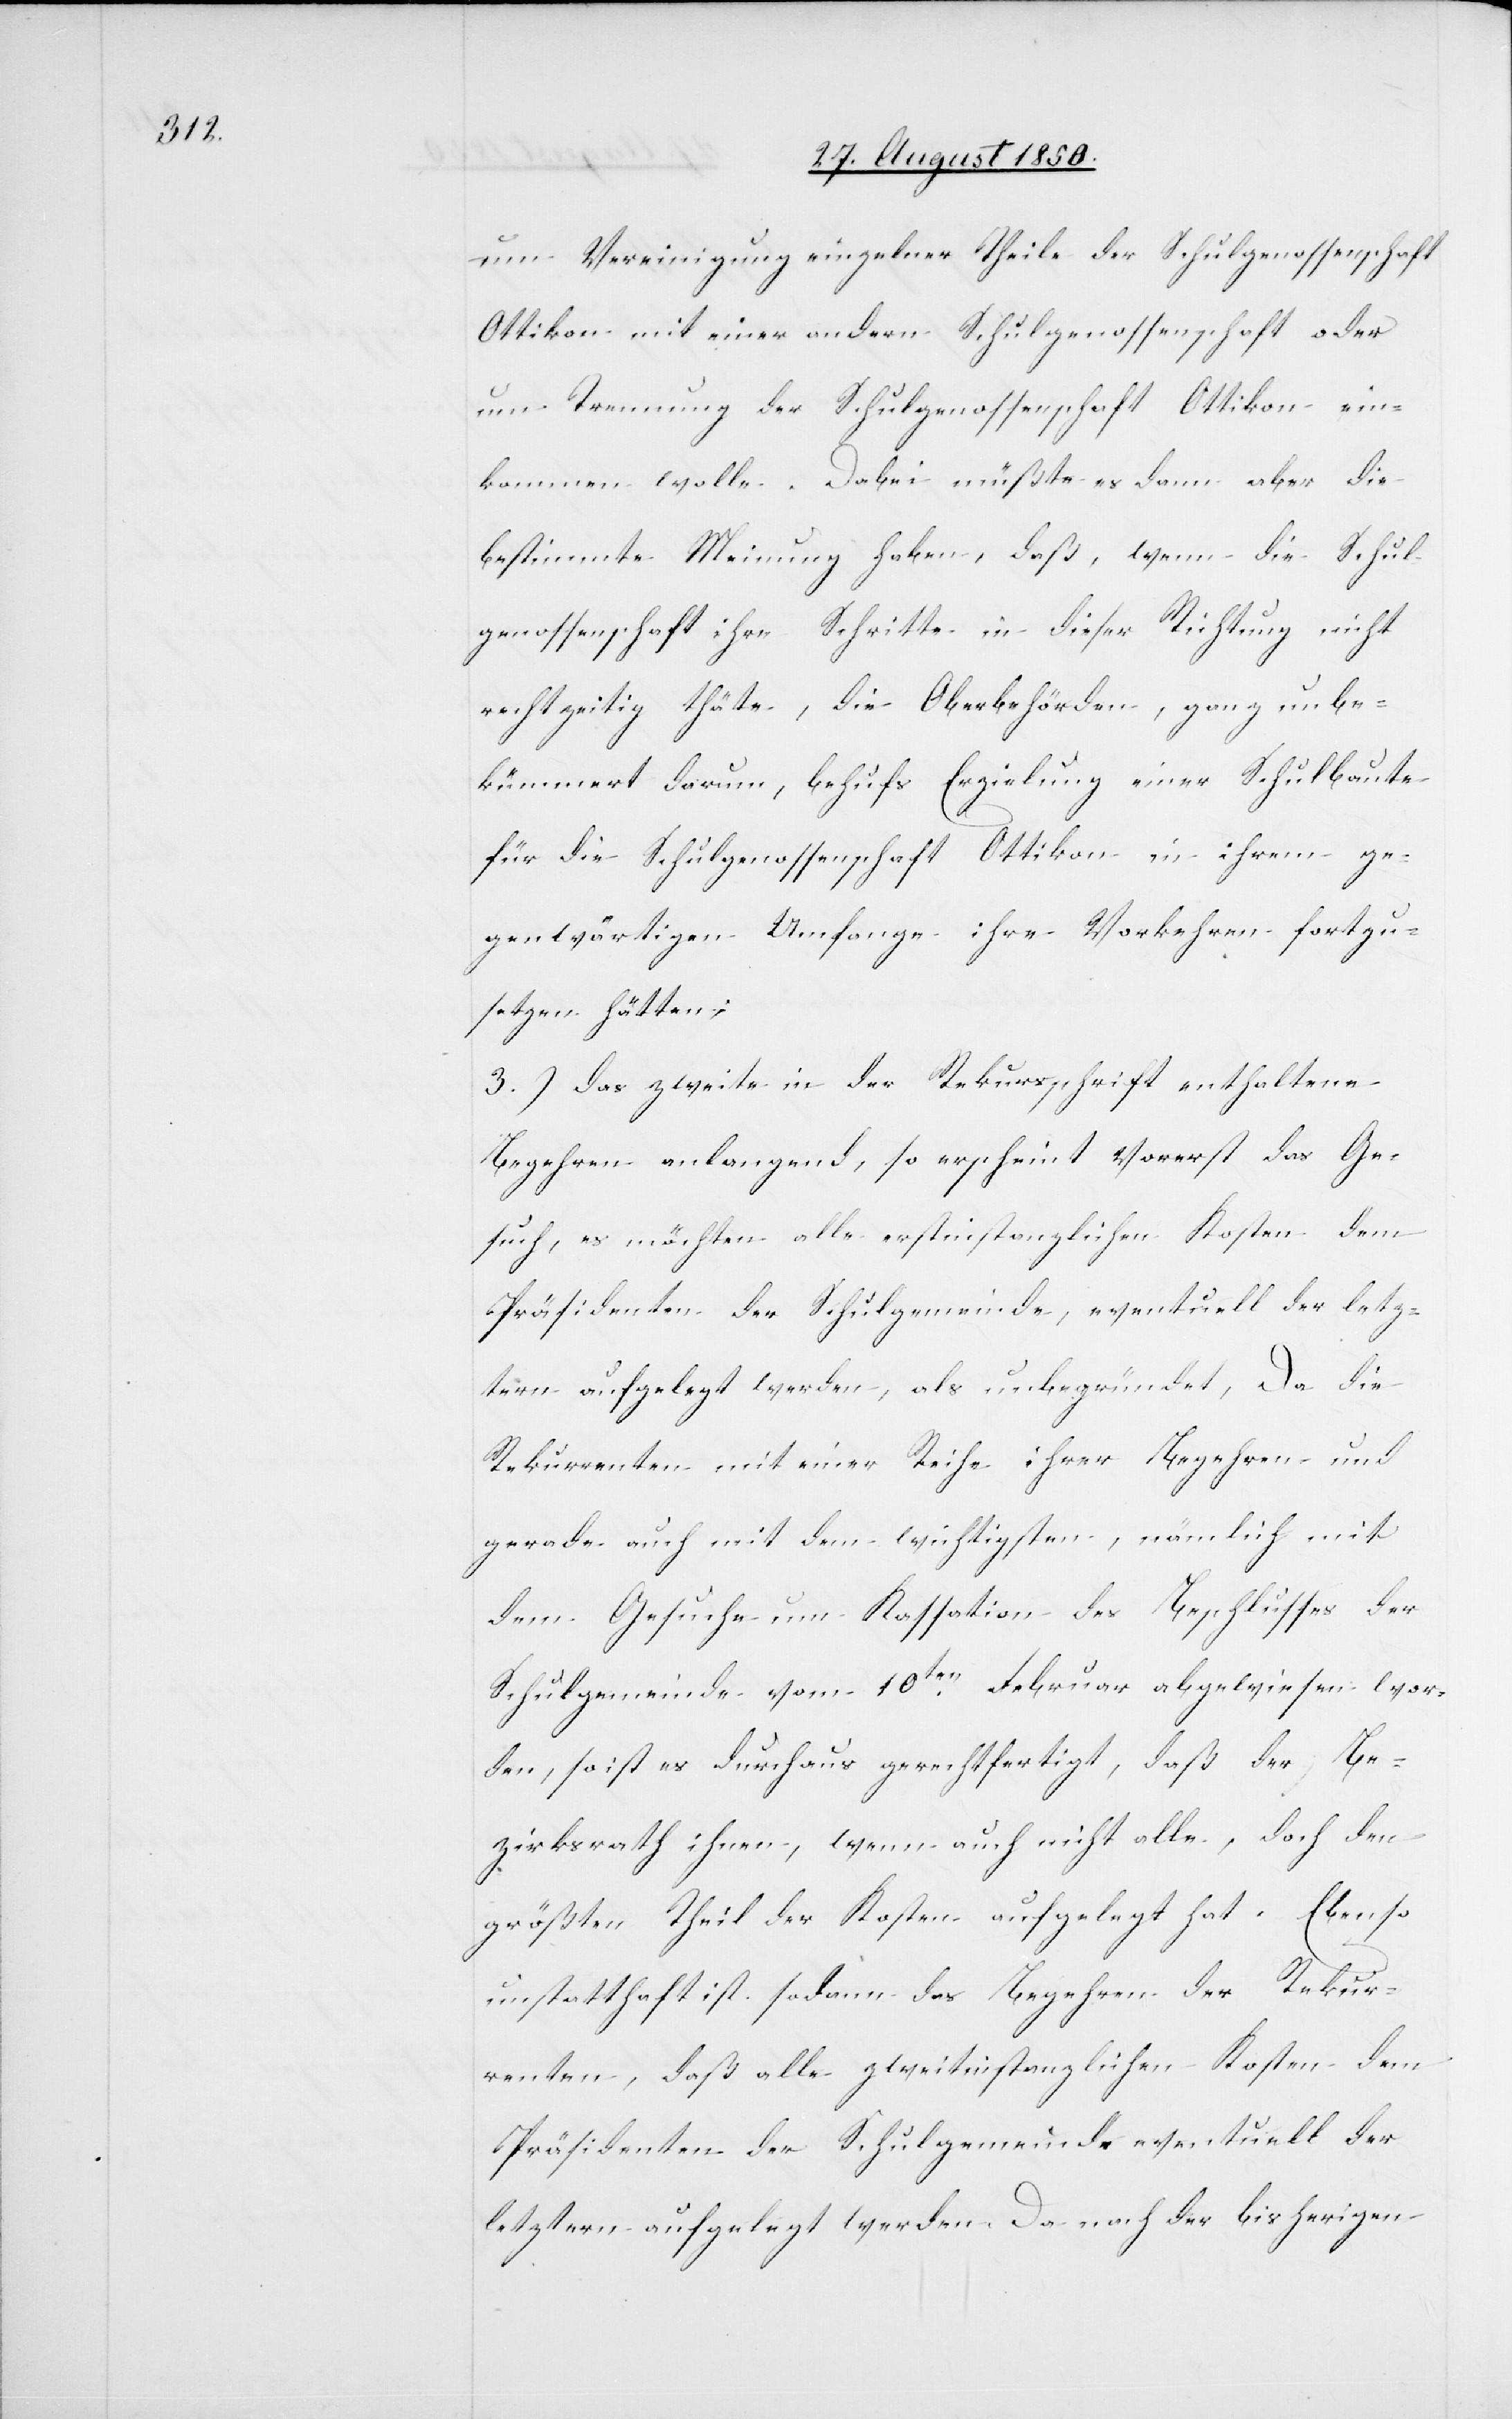
um Vereinigung einzelner Theile der Schulgenossenschaft
Ottikon mit einer andern Schulgenossenschaft oder
um Trennung der Schulgenossenschaft Ottikon ein¬
kommen wolle. Dabei müßte es dann aber die
bestimmte Meinung haben, daß, wenn die Schul¬
genossenschaft ihre Schritte in dieser Richtung nicht
rechtzeitig thäte, die Oberbehörden, ganz unbe¬
kümmert darum, behufs Erzielung einer Schulbaute
für die Schulgenossenschaft Ottikon in ihrem ge¬
genwärtigen Umfange ihre Vorkehren fortzu¬
setzen hätten;
3.) Das zweite in der Rekursschrift enthaltene
Begehren anlangend, so erscheint vorerst das Ge¬
such, es möchten alle erstinstanzlichen Kosten dem
Präsidenten der Schulgemeinde, eventuell der letz¬
tern aufgelegt werden, als unbegründet, Da die
Rekurrenten mit einer Reihe ihrer Begehren und
gerade auch mit dem wichtigsten, nämlich mit
dem Gesuche um Kassation des Beschlusses der
Schulgemeinde vom 10ten Februar abgewiesen wor¬
den, so ist es durchaus gerechtfertigt, daß der Be¬
zirksrath ihnen, wenn auch nicht alle, doch den
größten Theil der Kosten aufgelegt hat. Ebenso
unstatthaft ist sodann das Begehren der Rekur¬
renten, daß alle zweitinstanzlichen Kosten dem
Präsidenten der Schulgemeinde eventuell der
letztern aufgelegt werden. Da nach der bisherigen